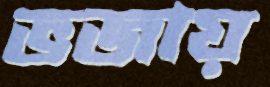
ভজায়